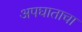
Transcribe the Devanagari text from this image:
अपघाताचा